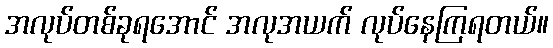
အလုပ်တစ်ခုရအောင် အလုအယက် လုပ်နေကြရတယ်။